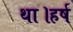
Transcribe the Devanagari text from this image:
था।हर्ष